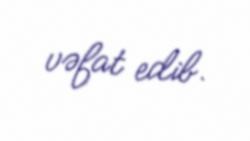
vəfat edib.